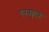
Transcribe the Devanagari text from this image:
एनक्यूएफ़